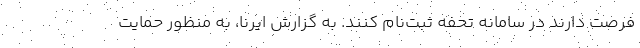
فرصت دارند در سامانه تحفه ثبت‌نام کنند. به گزارش ایرنا، به منظور حمایت